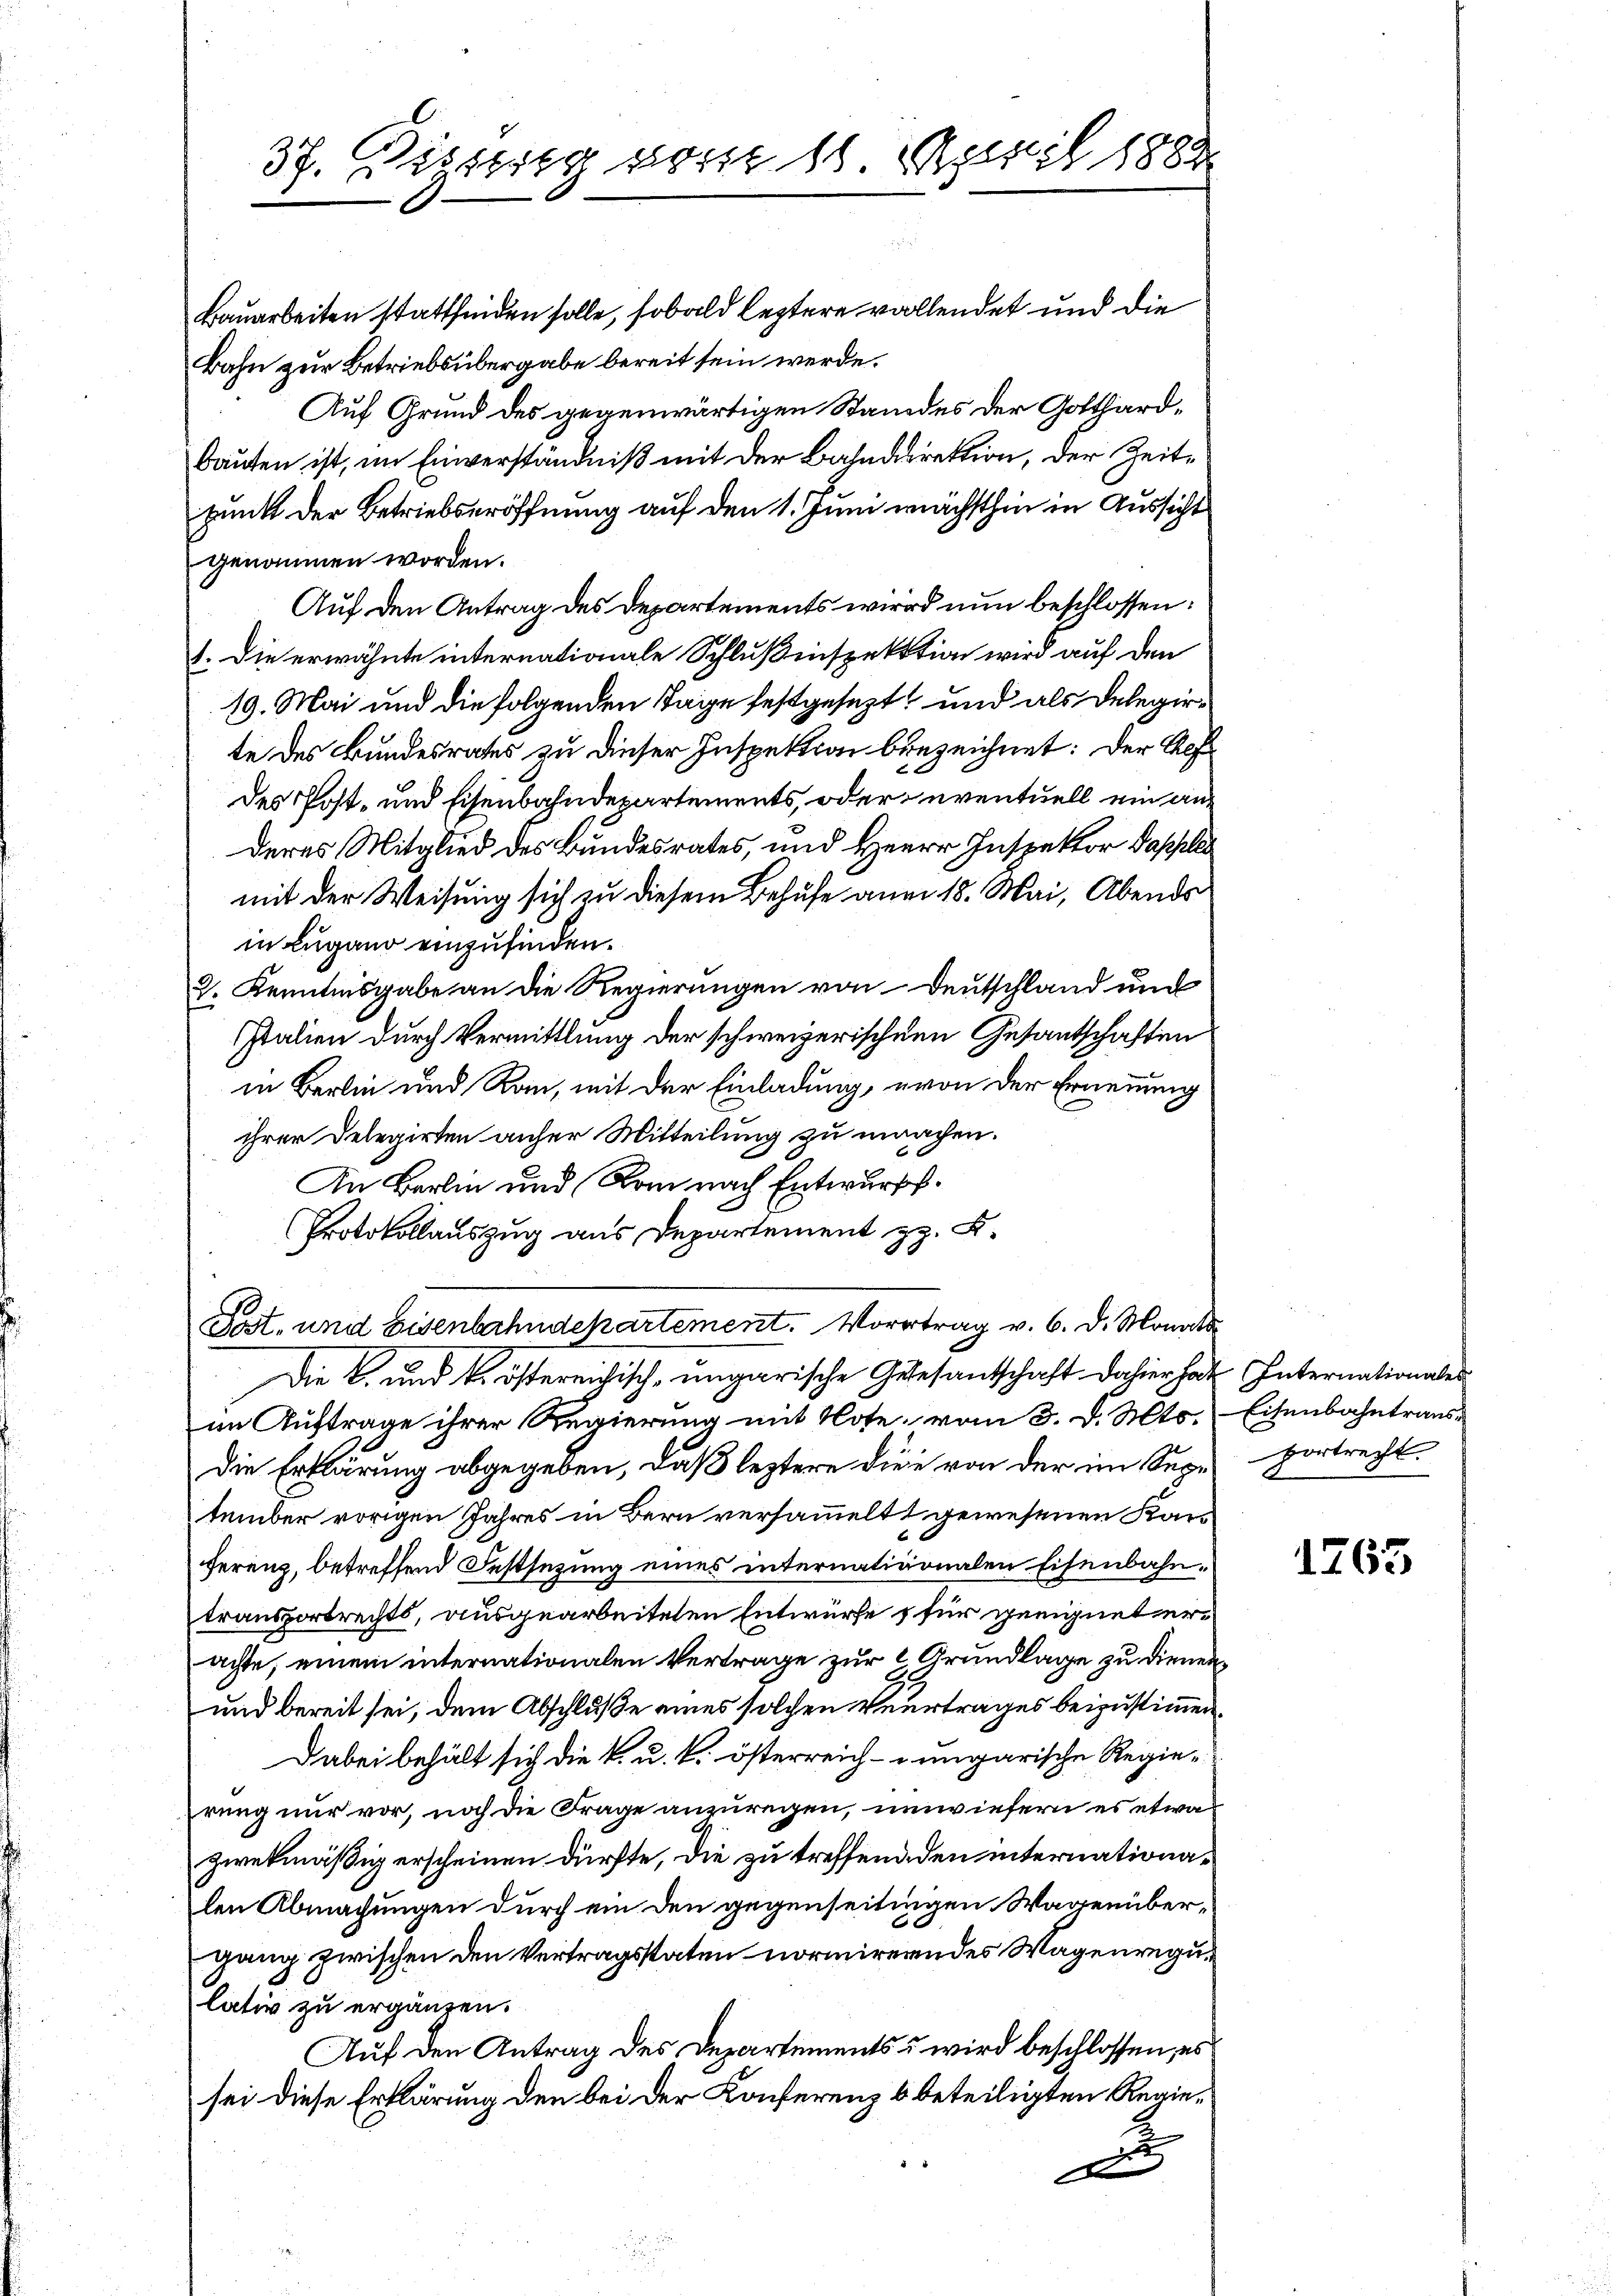
37. Disseg von 16 Masil 1888

Bauarbeiten stattfinden solle, sobald leztere vollendet und die
Bahn zur Betriebsübergabe bereit sein werde.
Auf Grund des gegenwärtigen Standes der Gotthardbauten ist, im Einverständniß mit der Bahndirektion, der Zeitpunkt der Betriebseröffnung auf den 1. Juni wächsthin in Aussicht
genommen worden.
Auf den Antrag des Departements wird nun beschlossen:
1. Die erwähnte internationale Schlußinspektion wird auf den
19. Mai und die folgenden Tage festgesezt, und als Delegirte des Bundesrates zu dieser Inspektion bezeichnet: Der Auf
des Post- und Eisenbahndepartements, oder eventuell ein anderes Mitglied des Bundesrates, und Herrn Inspektor Pappell
mit der Weisung sich zu diesem Behufe aner 18. Mai, Abends
in Lugano einzufinden.
2. Kenntnisgabe an die Regierungen von Deutschland und
Italien durch Vermittlung der schweizerischen Gesantschaften
in Berlin und Rau, mit der Einladung, von der Ernennung
ihrer Delegirten anher Mitteilung zu machen.
An Berlin und Rom nach Entwurf.
Protokollauszug aus Departement z. B.
Post- und Eisenbahndepartement. Vortrag v. 6. d. Monats
Die L. und k. östereichisch-ungarische Gelesentschaft dahier hat Internationaler
im Auftrage ihrer Regierung mit Note, vom 3. d. Mts. Eisenbahntraus-
die Erklärung abgegeben, daß leztere diese von der im Segen Portrecht.
tember vorigen Jahres in Bern versammelt gewesenen Karsferenz, betreffend Festsezung eines internationalen Eisenbahntransportrechts, ausgearbeiteten Entwurfe & für geeignet erachte, einem internationalen Vertrage zur 2 Grundlage zu dienen¬
und bereit sei, dem Abschluße eines solchen Vertrages beizustimmen.
Dabei behält sich die k. u. k. österreich-ungarische Regierung nur vor, noch die Frage anzuregen, unwiefern es etwa
zwekmäßig erscheinen dürfte, die zu treffend den internationalen Abmachungen durch ein den gegenseitingen Wagenübergang zwischen den Vertragsstaten normirerendes Wagenregulativ zu ergänzen.
Auf den Antrag des Departements wird beschlossen, es
sei diese Erklärung den bei der Konferenz 6 beteiligten Regie¬
u
d

1765